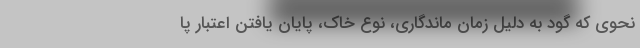
نحوی که گود به دلیل زمان ماندگاری، نوع خاک، پایان یافتن اعتبار پا